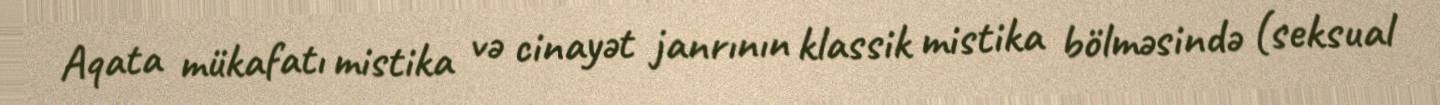
Aqata mükafatı mistika və cinayət janrının klassik mistika bölməsində (seksual